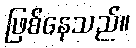
ဖြစ်နေသည်။